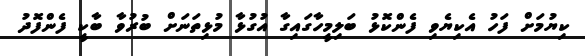
ކިޔުމަށް ފަހު އެކިޔެވި ފެންކޮޅު ބަލިމީހާގައިގާ އުގުޅާ މުޅިތަނަށް ބުރުވާ ބާކީ ފެންފޮދު